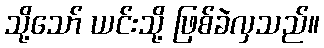
သို့သော် ယင်းသို့ ဖြစ်ခဲလှသည်။